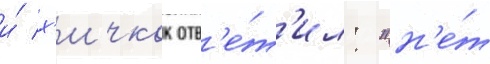
и́ х'ичкок отв'е́т'ил: "н'е́т